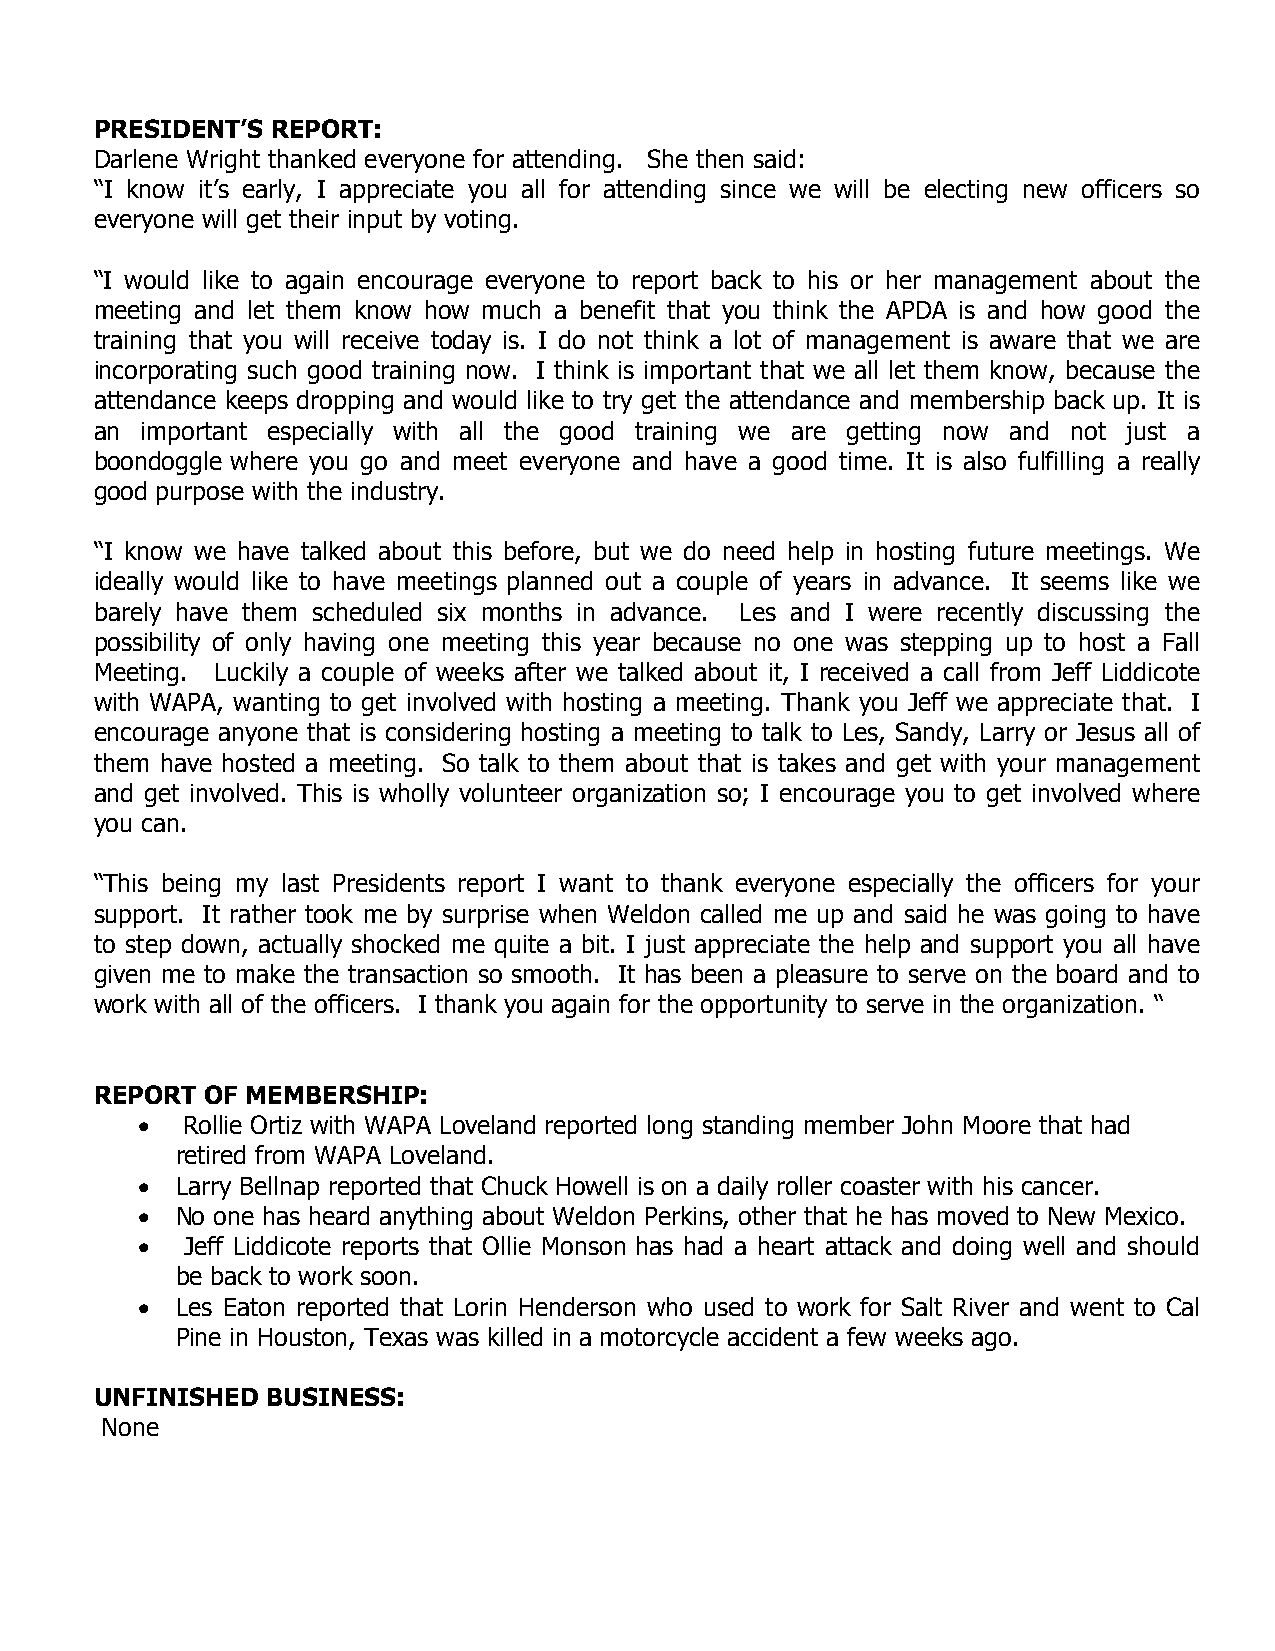
PRESIDENT’S REPORT:
 Darlene Wright thanked everyone for attending. She then said:
 “I know it’s early, I appreciate you all for attending since we will be electing new officers so
 everyone will get their input by voting.
 “I would like to again encourage everyone to report back to his or her management about the
 meeting and let them know how much a benefit that you think the APDA is and how good the
 training that you will receive today is. I do not think a lot of management is aware that we are
 incorporating such good training now. I think is important that we all let them know, because the
 attendance keeps dropping and would like to try get the attendance and membership back up. It is
 an important especially with all the good training we are getting now and not just a
 boondoggle where you go and meet everyone and have a good time. It is also fulfilling a really
 good purpose with the industry.
 “I know we have talked about this before, but we do need help in hosting future meetings. We
 ideally would like to have meetings planned out a couple of years in advance. It seems like we
 barely have them scheduled six months in advance. Les and I were recently discussing the
 possibility of only having one meeting this year because no one was stepping up to host a Fall
 Meeting. Luckily a couple of weeks after we talked about it, I received a call from Jeff Liddicote
 with WAPA, wanting to get involved with hosting a meeting. Thank you Jeff we appreciate that. I
 encourage anyone that is considering hosting a meeting to talk to Les, Sandy, Larry or Jesus all of
 them have hosted a meeting. So talk to them about that is takes and get with your management
 and get involved. This is wholly volunteer organization so; I encourage you to get involved where
 you can.
 “This being my last Presidents report I want to thank everyone especially the officers for your
 support. It rather took me by surprise when Weldon called me up and said he was going to have
 to step down, actually shocked me quite a bit. I just appreciate the help and support you all have
 given me to make the transaction so smooth. It has been a pleasure to serve on the board and to
 work with all of the officers. I thank you again for the opportunity to serve in the organization. “
 REPORT OF MEMBERSHIP:
 •  Rollie Ortiz with WAPA Loveland reported long standing member John Moore that had
 retired from WAPA Loveland.
 •  Larry Bellnap reported that Chuck Howell is on a daily roller coaster with his cancer.
 •  No one has heard anything about Weldon Perkins, other that he has moved to New Mexico.
 •  Jeff Liddicote reports that Ollie Monson has had a heart attack and doing well and should
 be back to work soon.
 •  Les Eaton reported that Lorin Henderson who used to work for Salt River and went to Cal
 Pine in Houston, Texas was killed in a motorcycle accident a few weeks ago.
 UNFINISHED  BUSINESS:
 None